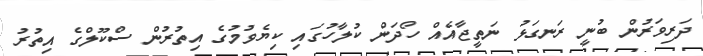
ދަރިވަރުން ބުނީ ރަނގަޅު ނަތީޖާއެއް ހޯދަން ކުލާހުގައި ކިޔެވުމުގެ އިތުރުން ސްކޫލްގެ އިތުރު